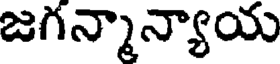
జగన్నాన్యాయ